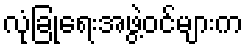
လုံခြုံရေးအဖွဲ့ဝင်များက